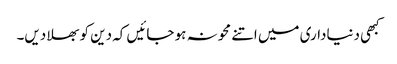
کبھی دنیاداری میں اتنے محو نہ ہو جائیں کہ دین کو بھلا دیں۔